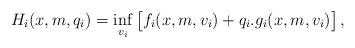
LaTeX: \begin{align*}H_{i}(x,m,q_{i})=\inf_{v_{i}} \big[ f_{i}(x,m,v_{i})+q_{i}.g_{i}(x,m,v_{i}) \big] \, ,\end{align*}